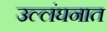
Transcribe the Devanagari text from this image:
उल्लंघनात